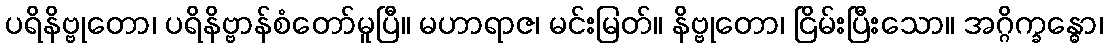
ပရိနိဗ္ဗုတော၊ ပရိနိဗ္ဗာန်စံတော်မူပြီ။ မဟာရာဇ၊ မင်းမြတ်။ နိဗ္ဗုတော၊ ငြိမ်းပြီးသော။ အဂ္ဂိက္ခန္ဓော၊